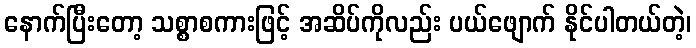
နောက်ပြီးတော့ သစ္စာစကားဖြင့် အဆိပ်ကိုလည်း ပယ်ဖျောက် နိုင်ပါတယ်တဲ့၊